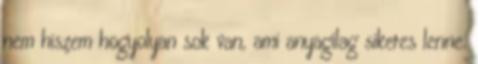
nem hiszem hogyolyan sok van, ami anyagilag sikeres lenne.